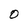
Character: O